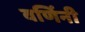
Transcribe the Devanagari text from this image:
वर्णिनी